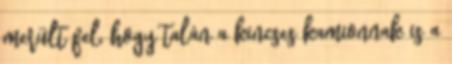
merült fel, hogy talán a kincses kamionnak is a